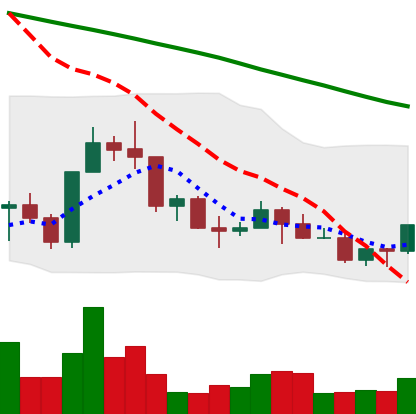
Ticker: NEO-USD
Chart end date: 2022-03-16
Forward return: 9.623%
Label: up_7plus